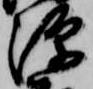
源